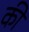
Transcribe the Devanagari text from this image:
की